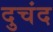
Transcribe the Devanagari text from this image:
दुचंद